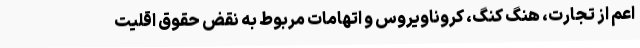
اعم از تجارت، هنگ کنگ، کروناویروس و اتهامات مربوط به نقض حقوق اقلیت